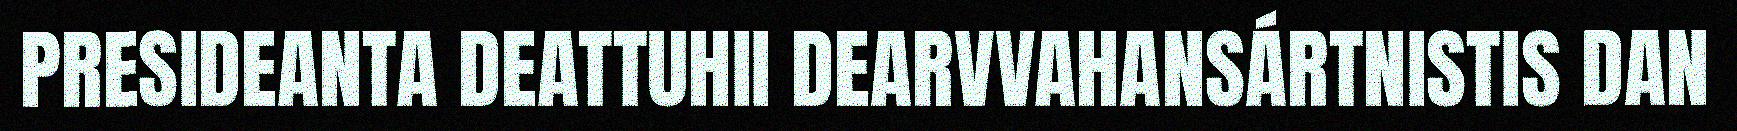
PRESIDEANTA DEATTUHII DEARVVAHANSÁRTNISTIS DAN